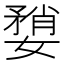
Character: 𫱶